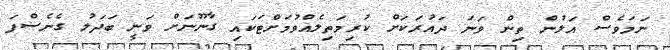
ނަމަވެސް އަލުން ތިން ވަނަ ދައުރަކަށް ކުރިމަތިލެއްވުމަށްޓަކައި ގާނޫނަށް ވަނީ ބަދަލު ގެނެސްފަ